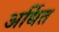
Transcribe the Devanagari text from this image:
अर्धित